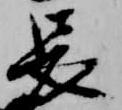
長